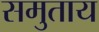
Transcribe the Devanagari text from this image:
समुताय